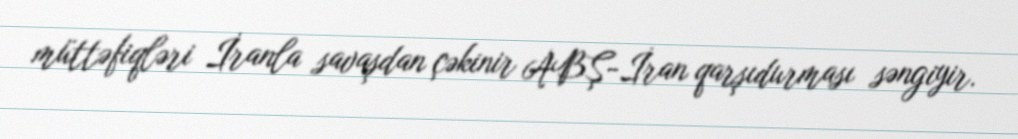
müttəfiqləri İranla savaşdan çəkinir ABŞ-İran qarşıdurması səngiyir.